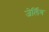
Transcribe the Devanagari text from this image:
जेर्लिंग